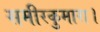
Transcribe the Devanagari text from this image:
समीरकुमारा।